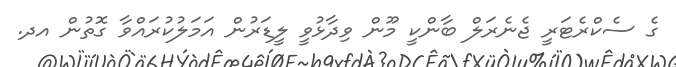
ގެ ސެކްރެޓަރީ ޖެނެރަލް ބާންކީ މޫން ވިދާޅުވީ ލީޑަރުން އަމަލުކުރައްވާ ގޮތުން އދ.